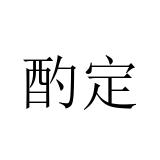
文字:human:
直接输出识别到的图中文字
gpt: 酌定